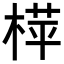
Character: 𬃟